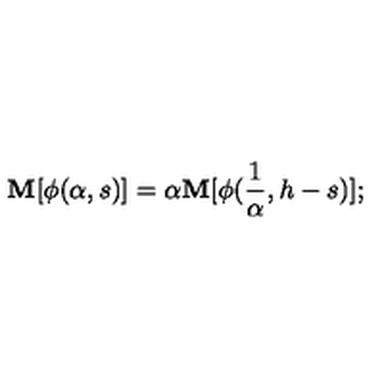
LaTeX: \mathbf { M } [ \phi ( \alpha , s ) ] = \alpha \mathbf { M } [ \phi ( \frac { 1 } { \alpha } , h - s ) ] ;